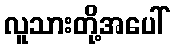
လူသားတို့အပေါ်